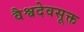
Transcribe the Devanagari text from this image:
वैश्वदेवसूक्त